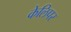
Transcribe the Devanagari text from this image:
केलिपर